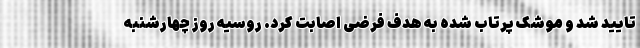
تایید شد و موشک پرتاب شده به هدف فرضی اصابت کرد. روسیه روز چهارشنبه